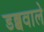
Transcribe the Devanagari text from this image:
डब्बवाले